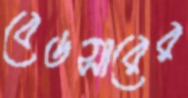
বেডসারের